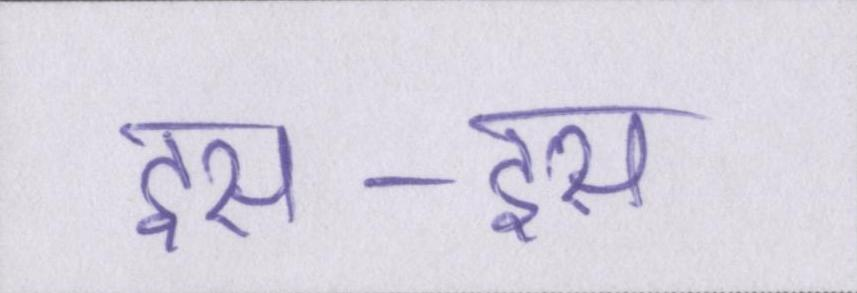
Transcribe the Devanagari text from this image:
इस-इस